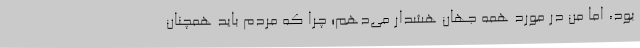
بود، اما من در مورد همه جهان هشدار می‌دهم؛ چرا که مردم باید همچنان